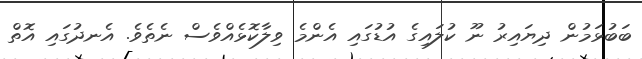
ބަބުޅަމުން ދިޔައިރު ނޫ ކުލައިގެ އުޑުގައި އެންމެ ވިލާކޮޅެއްވެސް ނެތެވެ. އެނދުގައި އޮތް